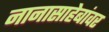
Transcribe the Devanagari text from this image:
नानासाहेबांवर